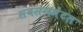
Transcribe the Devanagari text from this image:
सबसंगमेंटल